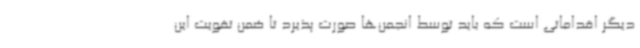
دیگر اقداماتی است که باید توسط انجمن‌ها صورت پذیرد تا ضمن تقویت این